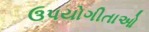
ઉપયોગીતાઓ